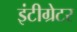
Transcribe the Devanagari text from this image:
इंटीग्रेटर